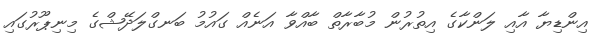
އިންޑިޔާ އާއި ލަންކާގެ އިތުރުން މުބާރާތް ބާއްވާ އަނެއް ގައުމު ބަނގްލަދޭޝްގެ މިނިޕޫރުގައި